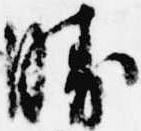
勝